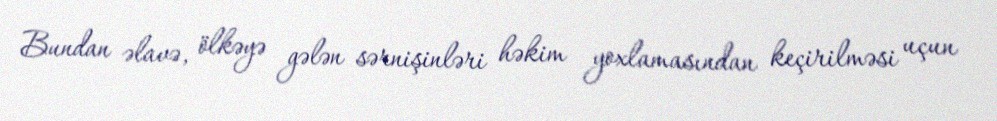
Bundan əlavə, ölkəyə gələn sərnişinləri həkim yoxlamasından keçirilməsi uçun